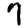
Digit: 7